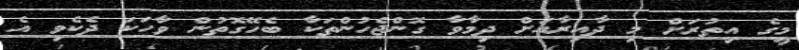
މީގެ އިތުރަށް މި ދާއިރާއަށް ދިމާވާ ގޮންޖެހުންތަކާ ބެހޭގޮތުން ވާހަކަ ދެކެވި އެ